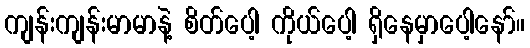
ကျန်းကျန်းမာမာနဲ့ စိတ်ပေါ့ ကိုယ်ပေါ့ ရှိနေမှာပေါ့နော်။